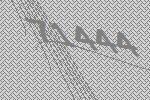
71444